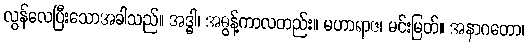
လွန်လေပြီးသောအခါသည်။ အဒ္ဓါ၊ အဓွန့်ကာလတည်း။ မဟာရာဇ၊ မင်းမြတ်။ အနာဂတော၊